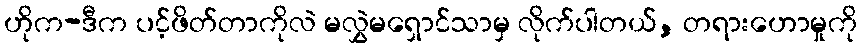
ဟိုက-ဒီက ပင့်ဖိတ်တာကိုလဲ မလွှဲမရှောင်သာမှ လိုက်ပါတယ်, တရားဟောမှုကို